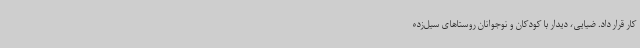
کار قرار داد. ضیایی، دیدار با کودکان و نوجوانان روستاهای سیل‌زده